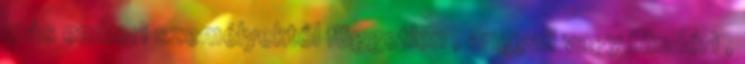
más emberi személyektől független , angyali vagy tündéri ,